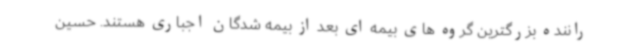
راننده بزرگترین گروه های بیمه ای بعد از بیمه شدگان اجباری هستند. حسین